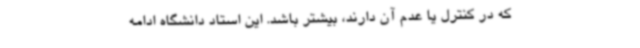
که در کنترل یا عدم آن دارند، بیشتر باشد. این استاد دانشگاه ادامه